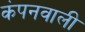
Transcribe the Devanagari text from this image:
कंपनवाली